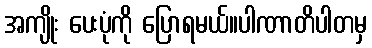
အကျိုး ပေးပုံကို ပြောရမယ်။ပါဏာတိပါတမှ